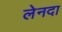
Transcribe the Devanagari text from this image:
लेनदा